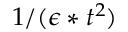
1 / ( \epsilon * t ^ { 2 } )